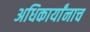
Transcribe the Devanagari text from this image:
अधिकार्यांनाच